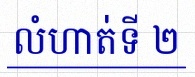
លំហាត់ទី ២